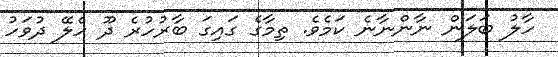
ހާލު ބަލަން ނާންނާނެ ކަމެވެ. ތިމާގެ ގައިގަ ބާރުހުރެ ދޫ ހެލޭ ދުވަހު